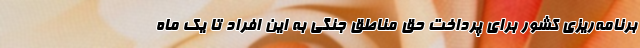
برنامه‌ریزی کشور برای پرداخت حق مناطق جنگی به این افراد تا یک ماه